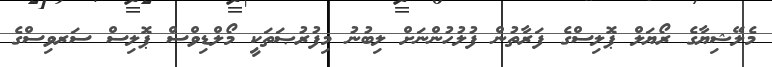
މެލޭޝިޔާގެ ރޯޔަލް ޕޮލިސްގެ ފަރާތުން ފުލުހުންނަށް ލިބުނު މިފުރުޞަތަކީ މޯލްޑިވްސް ޕޮލިސް ސަރވިސްގެ